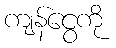
ကျန်ငွေကို